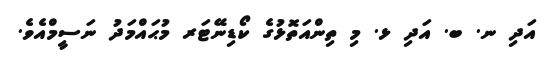
އަދި ނ. ބ. އަދި ޅ. މި ތިންއަތޮޅުގެ ކޯޑިނޭޓަރ މުޙައްމަދު ނަސީމްއެވެ.